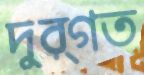
দুর্গত